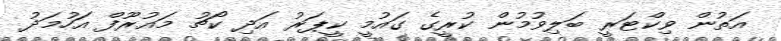
އަތުން ވިކްޓަރީ ބަލިވުމުން ކުރީގެ ގައުމީ ކީޕަރު އަދި ކޯޗު މައުރޫފް އަހުމަދު